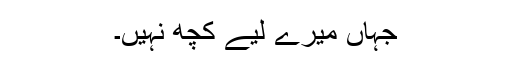
جہاں میرے لیے کچھ نہیں۔